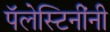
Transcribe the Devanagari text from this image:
पॅलेस्टिनींनी